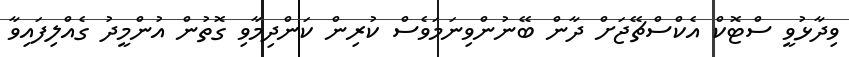
ވިދާޅުވީ ސްޓޮކް އެކްސްޗޭޖަށް ދާން ބޭނުންވިނަމަވެސް ކުރިން ކަންދިމާވި ގޮތުން އުންމީދު ގެއްލިފައިވާ